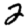
Digit: 2